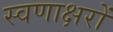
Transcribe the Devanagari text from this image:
स्वणाक्षरों